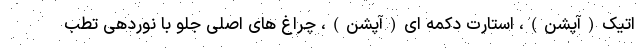
اتیک(آپشن)، استارت دکمه ای(آپشن)، چراغ های اصلی جلو با نوردهی تطب